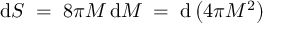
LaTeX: \mathrm { d } S \; = \; 8 \pi M \, \mathrm { d } M \; = \; \mathrm { d } \left( 4 \pi M ^ { 2 } \right)